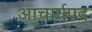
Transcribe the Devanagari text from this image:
आचार्यपद